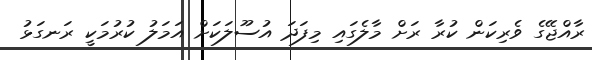
ރާއްޖޭގެ ވެރިކަން ކުރާ ރަށް މާލެގައި މިފަދަ އުސޫލަކަށް އަމަލު ކުރުމަކީ ރަނގަޅު